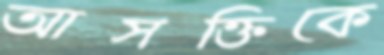
আসক্তিকে